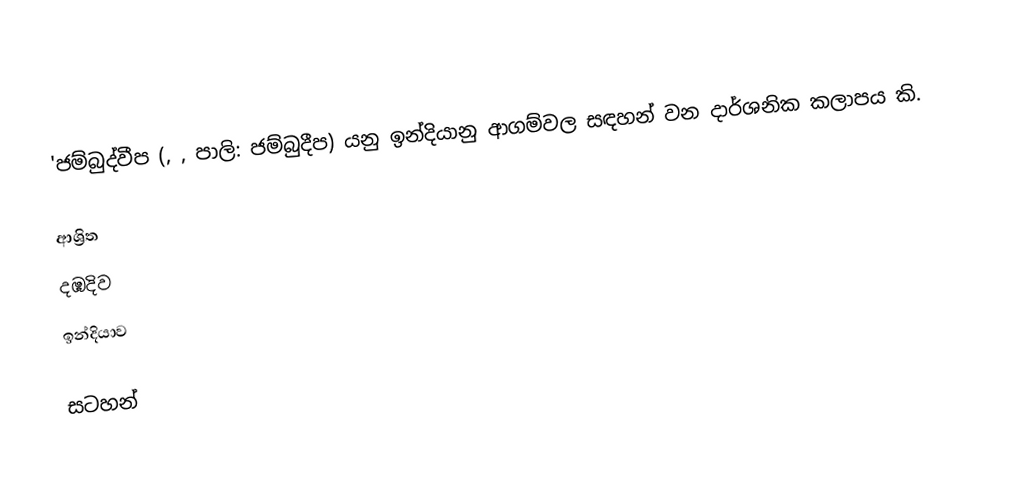
'ජම්බුද්වීප (, , පාලි: ජම්බුදීප) යනු ඉන්දියානු ආගම්වල සඳහන් වන දාර්ශනික කලාපය කි.

ආශ්‍රිත
 දඹදිව
 ඉන්දියාව

සටහන්